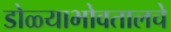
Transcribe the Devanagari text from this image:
डोळ्याभोवतालचे